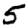
Digit: 5